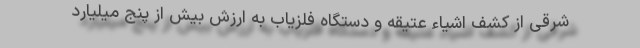
شرقی از کشف اشیاء عتیقه و دستگاه فلزیاب به ارزش بیش از پنج میلیارد